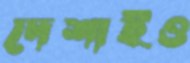
দেশাইও